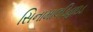
સિનામાલડિહાઇડ